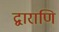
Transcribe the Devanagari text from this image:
द्वाराणि